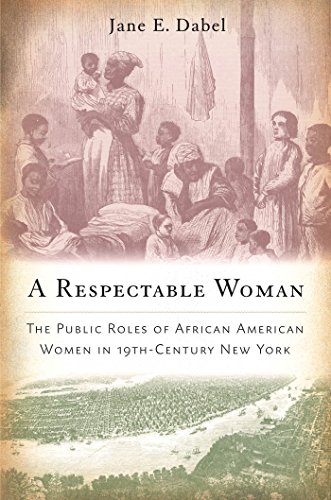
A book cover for A Respectable Woman: The Public Roles of African American Women in 19th-Century New York; Jane E. Dabel; Gay & Lesbian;